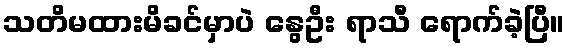
သတိမထားမိခင်မှာပဲ နွေဦး ရာသီ ရောက်ခဲ့ပြီ။